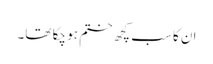
ان کا سب کچھ ختم ہو چکا تھا۔